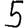
Digit: 5